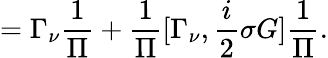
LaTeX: =\Gamma_{\nu}\frac{1}{\Pi}+\frac{1}{\Pi}[\Gamma_{\nu},{\frac{i}{2}}\sigma G]\frac{1}{\Pi}.